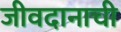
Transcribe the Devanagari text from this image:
जीवदानाची